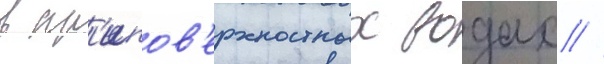
в пр'ипов'ерхностных водах //